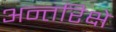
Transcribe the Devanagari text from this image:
अन्तरिक्षे